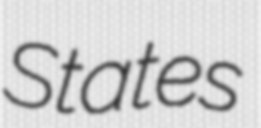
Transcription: States